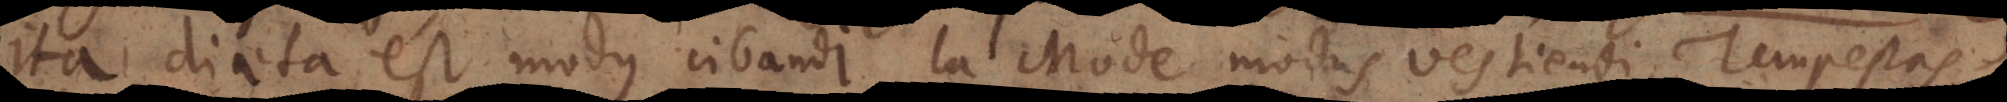
ita diaeta est modus cibandi, la Mode modus vestiendi, Tempestas